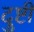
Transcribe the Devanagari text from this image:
दुष्टी